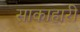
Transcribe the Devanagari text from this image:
साकाहारी